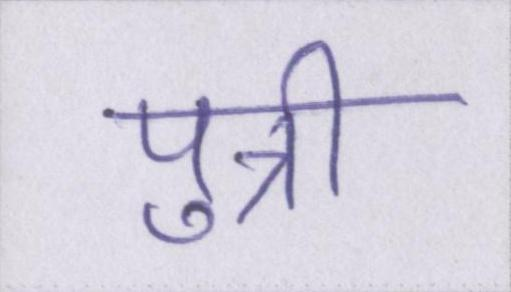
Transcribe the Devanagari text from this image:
पुत्री